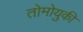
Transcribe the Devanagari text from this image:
तोमोयुकी